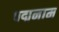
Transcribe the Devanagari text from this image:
पद्मनाम